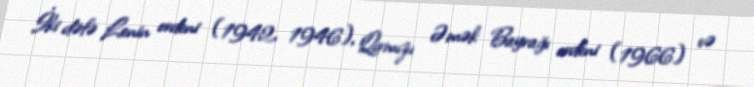
İki dəfə Lenin ordeni (1942, 1946), Qırmızı Əmək Bayrağı ordeni (1966) və